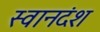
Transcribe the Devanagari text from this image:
स्वानदंश